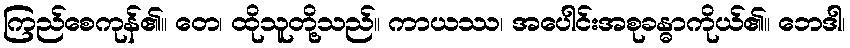
ကြည်စေကုန်၏။ တေ၊ ထိုသူတို့သည်။ ကာယဿ၊ အပေါင်းအစုခန္ဓာကိုယ်၏။ ဘေဒါ၊